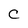
Character: C